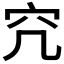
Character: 𥤤